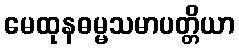
မေထုနဓမ္မသမာပတ္တိယာ